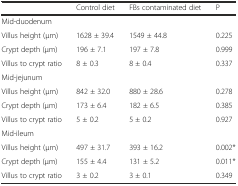
<table><thead><tr><td></td><td><b>Control diet</b></td><td><b>FBs contaminated diet</b></td><td><b>P</b></td></tr></thead><tbody><tr><td>Mid-duodenum</td><td></td><td></td><td></td></tr><tr><td>Villus height (μm)</td><td>1628 ± 39.4</td><td>1549 ± 44.8</td><td>0.225</td></tr><tr><td>Crypt depth (μm)</td><td>196 ± 7.1</td><td>197 ± 7.8</td><td>0.999</td></tr><tr><td>Villus to crypt ratio</td><td>8 ± 0.3</td><td>8 ± 0.4</td><td>0.337</td></tr><tr><td>Mid-jejunum</td><td></td><td></td><td></td></tr><tr><td>Villus height (μm)</td><td>842 ± 32.0</td><td>880 ± 28.6</td><td>0.278</td></tr><tr><td>Crypt depth (μm)</td><td>173 ± 6.4</td><td>182 ± 6.5</td><td>0.385</td></tr><tr><td>Villus to crypt ratio</td><td>5 ± 0.2</td><td>5 ± 0.2</td><td>0.927</td></tr><tr><td>Mid-ileum</td><td></td><td></td><td></td></tr><tr><td>Villus height (μm)</td><td>497 ± 31.7</td><td>393 ± 16.2</td><td>0.002*</td></tr><tr><td>Crypt depth (μm)</td><td>155 ± 4.4</td><td>131 ± 5.2</td><td>0.011*</td></tr><tr><td>Villus to crypt ratio</td><td>3 ± 0.2</td><td>3 ± 0.1</td><td>0.349</td></tr></tbody></table>